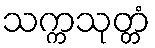
သက္ကသုတ္တံ